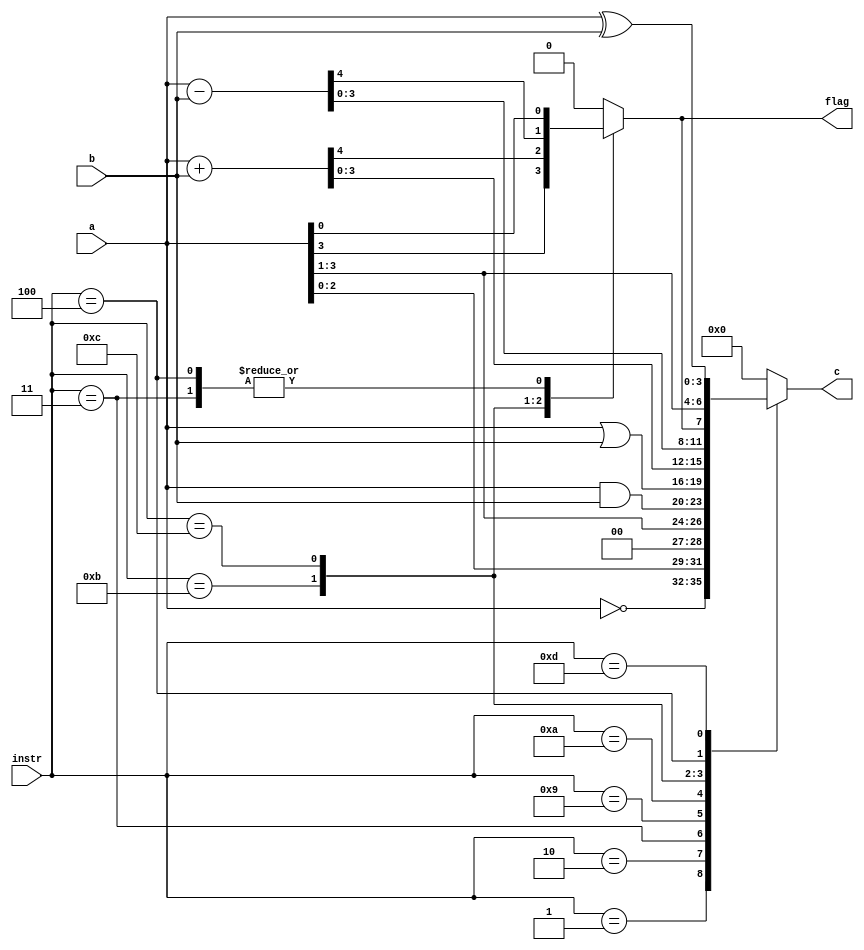
module ALU
#(parameter DATA_WIDTH = 4, COMAND_WIDTH = 4)
(
   output reg [(DATA_WIDTH-1):0] c,
	output reg flag,
	input [(COMAND_WIDTH-1):0] instr,
	input [(DATA_WIDTH-1):0] a, b
);
parameter
NOP = 	4'b0000,
NOT = 	4'b0001,
LSHIFT = 4'b0010,
RSHIFT = 4'b0011,
RCSHIFT = 4'b0100, /*        */
LAND = 	4'b1001,
LOR = 	4'b1010,
ADD = 	4'b1011,
SUB = 	4'b1100,
XOR = 	4'B1101; /*    xor */

always @ (*)
begin
	case (instr)
		NOP: {flag,c} = 0; 				
		NOT: {flag, c} = {1'b0, ~a}; 		
		LSHIFT: {flag, c} = {a, 1'b0};		
		RSHIFT: {c, flag} = {1'b0, a};		
		LAND: {flag, c} = {1'b0, a & b}; 
		LOR: {flag, c} = {1'b0, a | b};
		ADD: {flag, c} = a+b; 
		SUB: {flag, c} = a-b; 
		RCSHIFT: {c, flag} = {flag, a};
		XOR: {flag, c} = {1'b0, a ^ b};
		default: {flag, c} = {DATA_WIDTH+1{1'b0}}; 
   endcase	
end
endmodule

module RAM
#(parameter DATA_WIDTH = 4, ADDR_WIDTH = 4)
(
	input clk, wr_re, clr,
	input [(DATA_WIDTH-1):0] d,
	input [(ADDR_WIDTH-1):0] addr_a, addr_b,
	output reg [(DATA_WIDTH-1):0] q_a, q_b
);


reg [(DATA_WIDTH-1):0] ram [2**ADDR_WIDTH-1:0];

initial
begin
	ram[4'b0000] = 4'b0001;
	ram[4'b0001] = 4'b0010;
	ram[4'b0010] = 4'b0011;
	ram[4'b0011] = 4'b0100;
	ram[4'b0100] = 4'b0101;
	ram[4'b0101] = 4'b0110;
	ram[4'b0110] = 4'b0111;
	ram[4'b0111] = 4'b1000;
	ram[4'b1000] = 4'b1001;
	ram[4'b1001] = 4'b1010;
	ram[4'b1010] = 4'b1011;
	ram[4'b1011] = 4'b1100;
	ram[4'b1100] = 4'b1101;
	ram[4'b1101] = 4'b1110;
	ram[4'b1110] = 4'b1111;
	ram[4'b1111] = 4'b0000;
end

always @(posedge clk or negedge clr)
begin
	if(~clr)
	begin
		q_a <= {DATA_WIDTH{1'b0}};
		q_b <= {DATA_WIDTH{1'b0}};
	end
	else
		if (wr_re)
			ram [addr_a] <= d;
		else
		begin
			q_a <= ram [addr_a];
			q_b <= ram [addr_b];
		end
end
endmodule

module PR8
#(parameter DATA_WIDTH=4, ADDR_WIDTH=4, COMAND_WIDTH=4)
(
input clk, clr, wr_re,
input [(COMAND_WIDTH-1):0] instr,
input [(ADDR_WIDTH-1):0] addr_a, addr_b
//  
//output [(DATA_WIDTH-1):0] a, b, c,
//output f
);
wire [(DATA_WIDTH-1):0] a, b, c;
ALU #(.DATA_WIDTH(DATA_WIDTH), .COMAND_WIDTH(COMAND_WIDTH)) alu
	(.c(c), .flag(f), .instr(instr), .a(a), .b(b));
RAM #(.DATA_WIDTH(DATA_WIDTH), .ADDR_WIDTH(ADDR_WIDTH)) ram
	(.clk(clk), .wr_re(wr_re), .clr(clr), .d(c), .addr_a(addr_a), .addr_b(addr_b), .q_a(a), .q_b(b));
endmodule